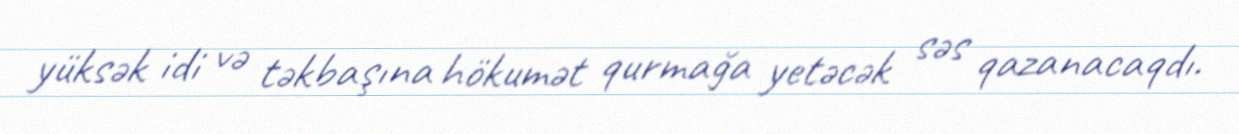
yüksək idi və təkbaşına hökumət qurmağa yetəcək səs qazanacaqdı.